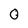
Character: 0